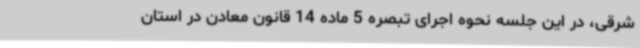
شرقی، در این جلسه نحوه اجرای تبصره 5 ماده 14 قانون معادن در استان